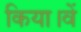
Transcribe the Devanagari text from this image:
किया।वें